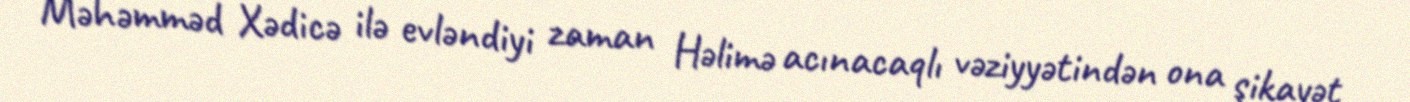
Məhəmməd Xədicə ilə evləndiyi zaman Həlimə acınacaqlı vəziyyətindən ona şikayət